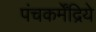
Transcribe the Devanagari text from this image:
पंचकर्मेंद्रिये